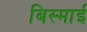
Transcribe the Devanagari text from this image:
बिस्माई